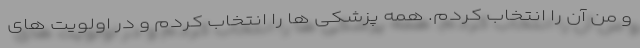
و من آن را انتخاب کردم. همه پزشکی ها را انتخاب کردم و در اولویت های